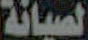
الصيانة